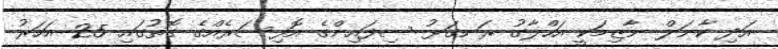
އަދި ކާނަލް ނާޒިމަކީ އަހްލާގު ރަނގަޅު ސިފައިންގެ އޮފިސަރެެއްގެ ގޮތުގައި 25 އަހަރު